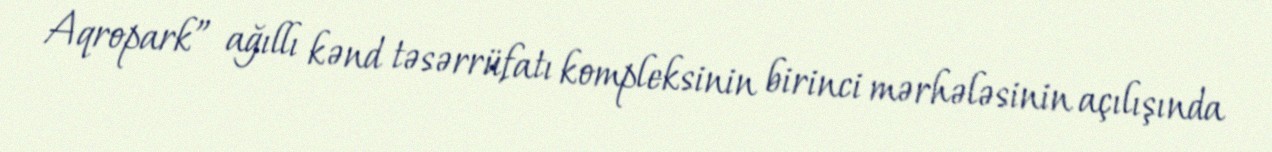
Aqropark” ağıllı kənd təsərrüfatı kompleksinin birinci mərhələsinin açılışında